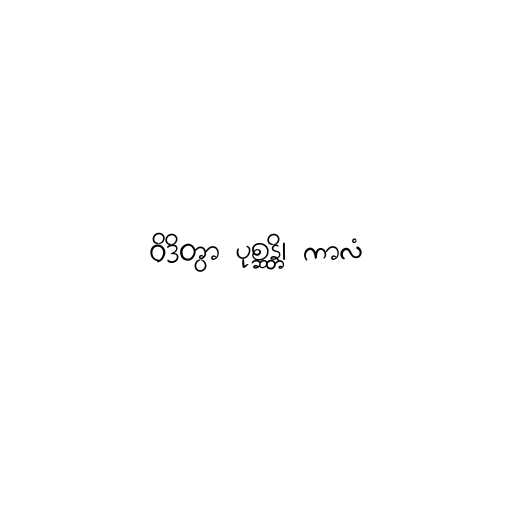
ဝိဒိတွာ ပုစ္ဆန္တိ၊ ကာလံ